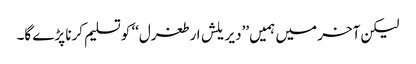
لیکن آخر میں ہمیں ’’دیریلش ارطغرل‘‘ کو تسلیم کرنا پڑے گا۔